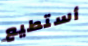
أستطيع